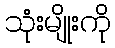
သုံးမျိုးကို